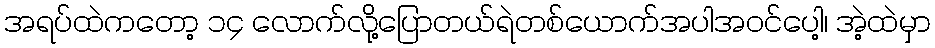
အရပ်ထဲကတော့ ၁၄ လောက်လို့ပြောတယ်ရဲတစ်ယောက်အပါအဝင်ပေါ့၊ အဲ့ထဲမှာ